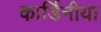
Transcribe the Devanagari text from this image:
कार्डिनीया